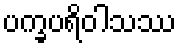
ပက္ခပရိဝါသဿ